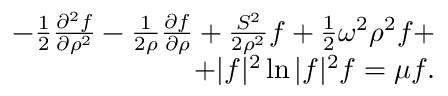
\begin{array} { r } { - \frac 1 2 \frac { \partial ^ { 2 } f } { \partial \rho ^ { 2 } } - \frac 1 { 2 \rho } \frac { \partial f } { \partial \rho } + \frac { S ^ { 2 } } { 2 \rho ^ { 2 } } f + \frac 1 2 \omega ^ { 2 } \rho ^ { 2 } f + } \\ { + | f | ^ { 2 } \ln | f | ^ { 2 } f = \mu f . } \end{array}